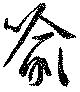
喩